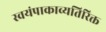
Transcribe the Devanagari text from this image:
स्वयंपाकाव्यतिरिक्त